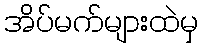
အိပ်မက်များထဲမှ